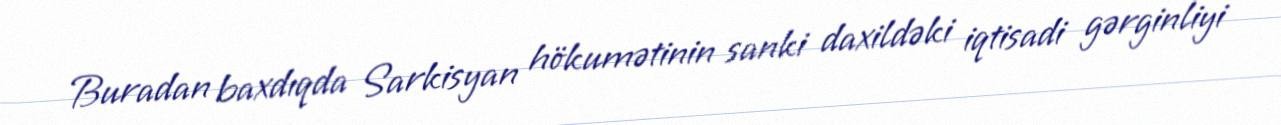
Buradan baxdıqda Sarkisyan hökumətinin sanki daxildəki iqtisadi gərginliyi